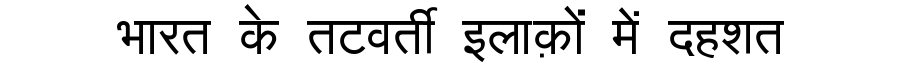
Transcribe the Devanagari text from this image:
भारत के तटवर्ती इलाक़ों में दहशत